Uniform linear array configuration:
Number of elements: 48
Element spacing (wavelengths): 0.75
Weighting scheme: hann
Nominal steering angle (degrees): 45
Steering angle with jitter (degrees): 44.004
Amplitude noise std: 0.05
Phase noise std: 0.05

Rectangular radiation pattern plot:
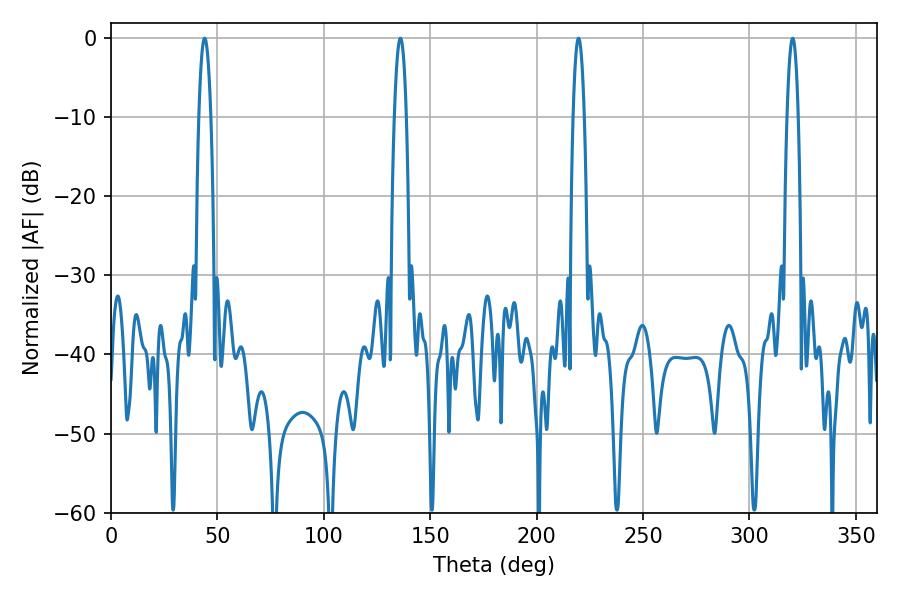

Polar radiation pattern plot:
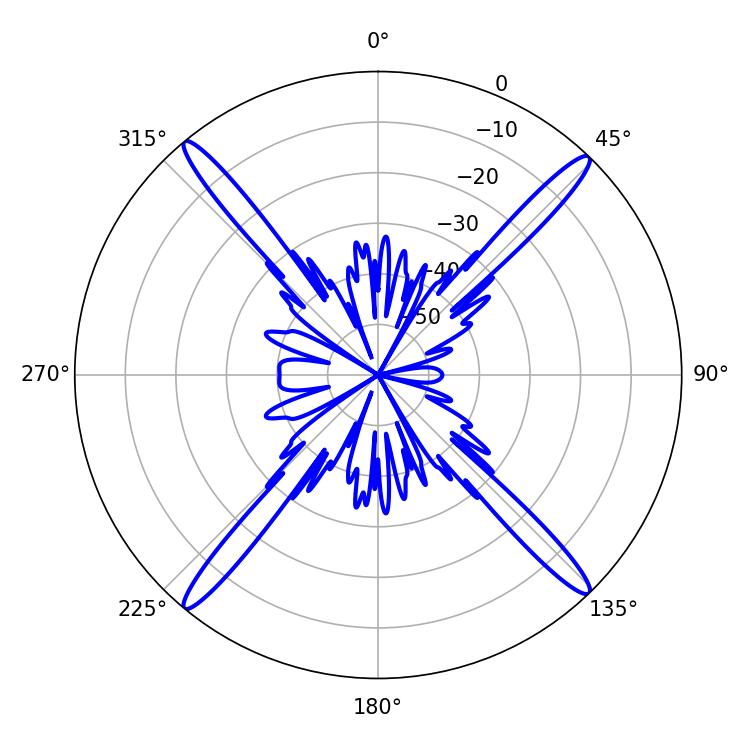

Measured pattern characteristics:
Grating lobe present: TRUE
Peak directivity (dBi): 22.378
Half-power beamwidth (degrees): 3.06
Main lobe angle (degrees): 43.92